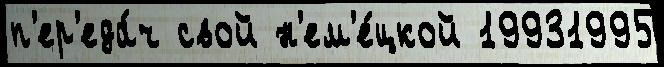
п'ер'еда́ч свой н'ем'е́цкой 19931995